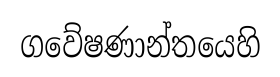
ගවේෂණාන්තයෙහි